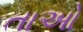
તાઓ